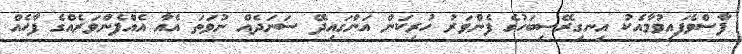
ފާސްވެފައިވުމާއެކު އިނގިރޭސިބަހުގެ ފެންވަރު ހުރިކަން އަންގައިދޭ ސަނަދެއް ނުވަތަ އެއާ އެއްފެންވަރެއްގެ ފާހެއް